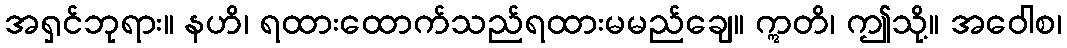
အရှင်ဘုရား။ နဟိ၊ ရထားထောက်သည်ရထားမမည်ချေ။ ဣတိ၊ ဤသို့။ အဝေါစ၊